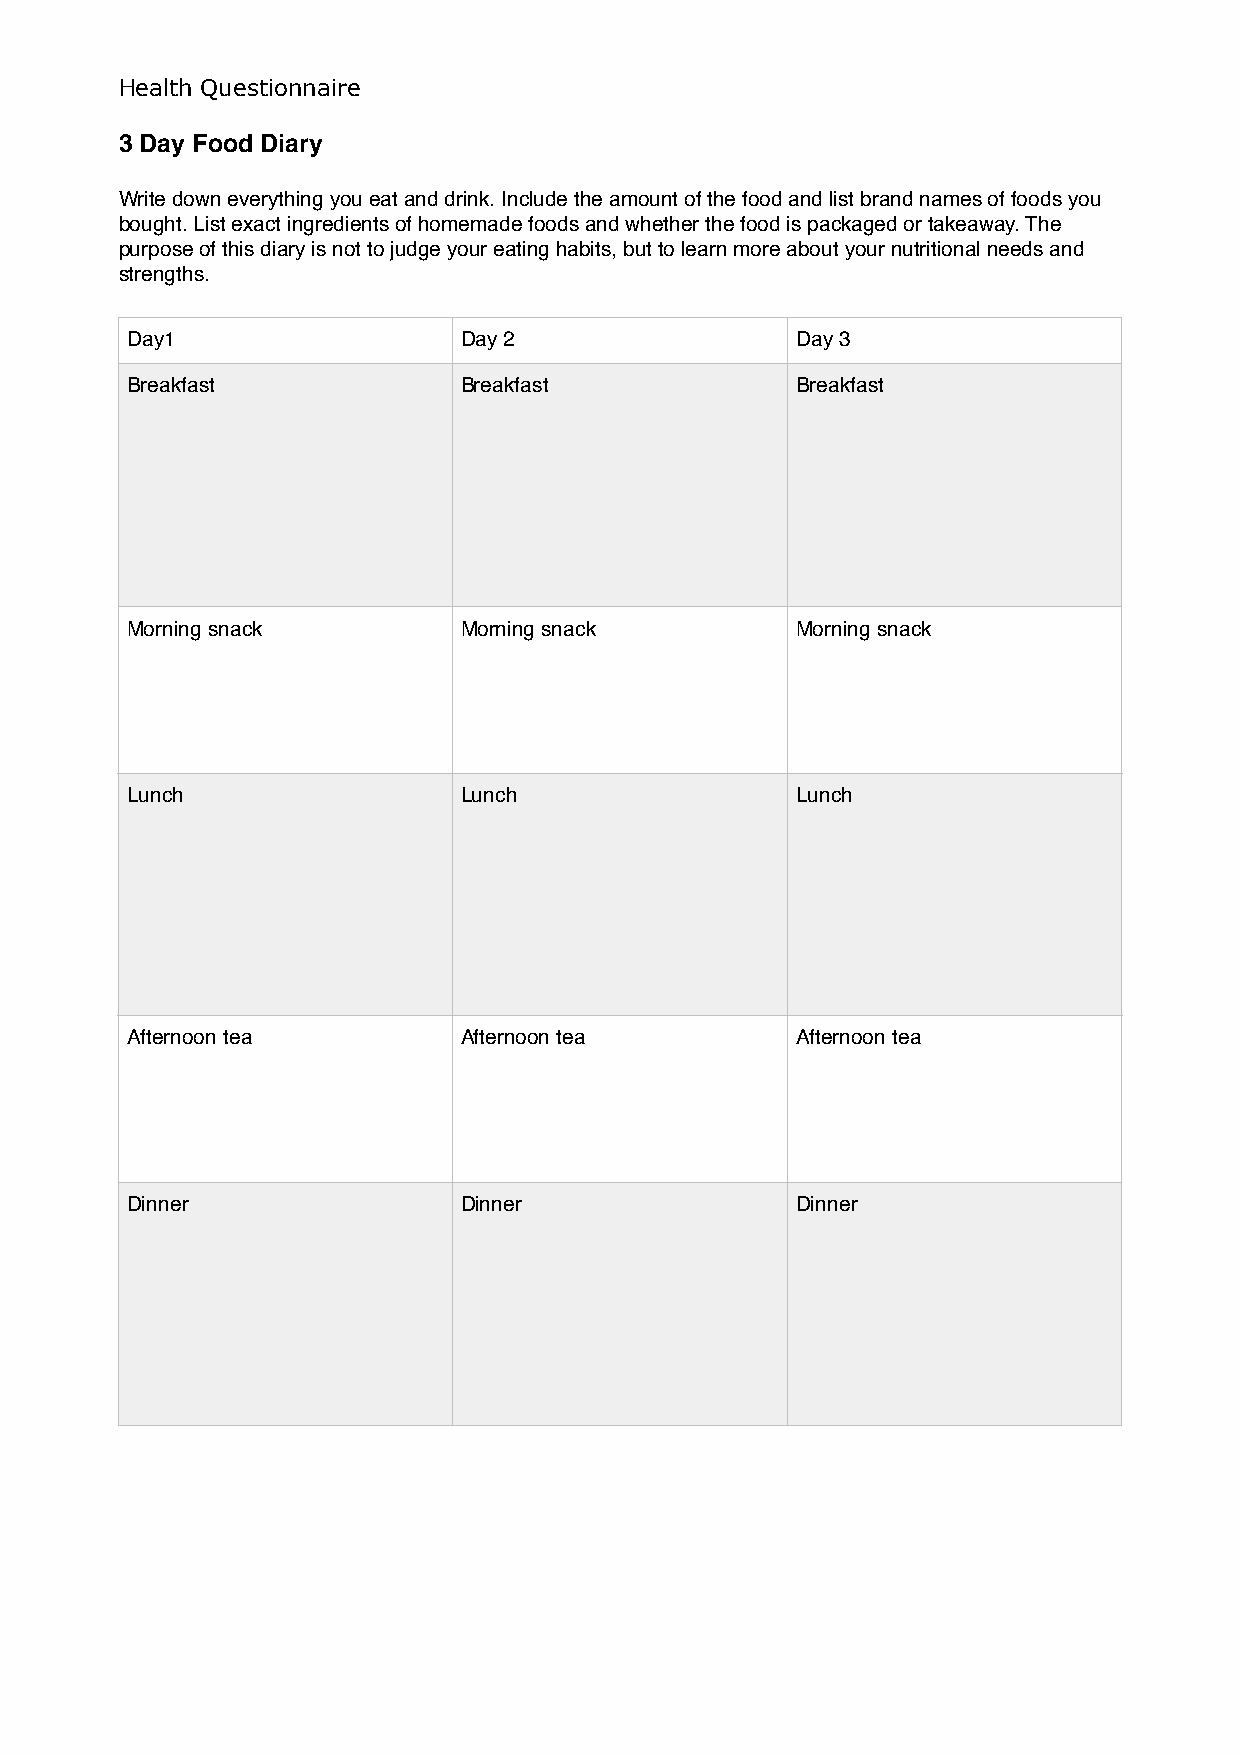
Health Questionnaire
 3 Day Food Diary
 Write down everything you eat and drink. Include the amount of the food and list brand names of foods you
 bought. List exact ingredients of homemade foods and whether the food is packaged or takeaway. The
 purpose of this diary is not to judge your eating habits, but to learn more about your nutritional needs and
 strengths.
 Day1                  Day 2                  Day 3
 Breakfast             Breakfast              Breakfast
 Morning snack         Morning snack          Morning snack
 Lunch                 Lunch                  Lunch
 Afternoon tea         Afternoon tea          Afternoon tea
 Dinner                Dinner                 Dinner